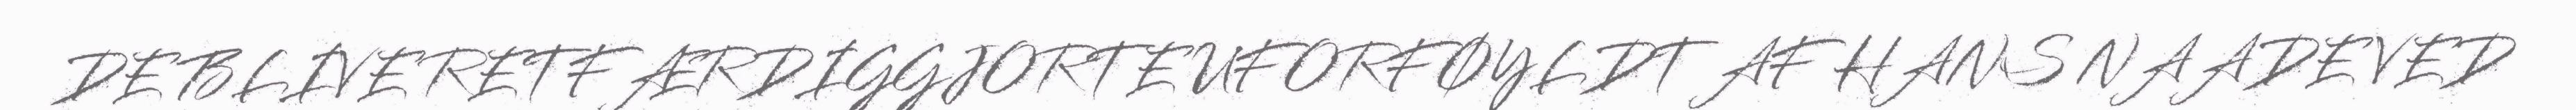
DE BLIVE RETFÆRDIGGJORTE UFORFØYLDT AF HANS NAADE VED